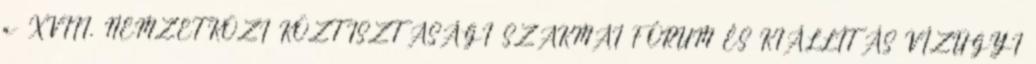
a XVIII. NEMZETKÖZI KÖZTISZTASÁGI SZAKMAI FÓRUM ÉS KIÁLLÍTÁS VÍZÜGYI